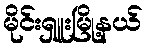
မိုင်းရှူးမြို့နယ်